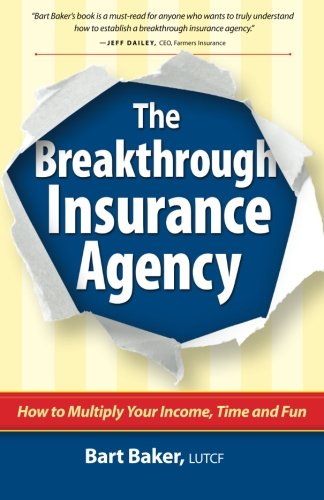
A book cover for The Breakthrough Insurance Agency: How to Multiply Your Income, Time and Fun; Bart Baker; Business & Money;